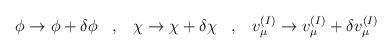
LaTeX: \begin{align*} \phi\rightarrow \phi+\delta\phi \;\;\;,\;\;\; \chi\rightarrow \chi+\delta\chi \;\;\;,\;\;\; v^{(I)}_{\mu}\rightarrow v^{(I)}_{\mu}+\delta v^{(I)}_{\mu}\end{align*}